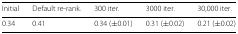
<table><thead><tr><td><b>Initial</b></td><td><b>Default re-rank.</b></td><td><b>300 iter.</b></td><td><b>3000 iter.</b></td><td><b>30,000 iter.</b></td></tr></thead><tbody><tr><td>0.34</td><td>0.41</td><td>0.34 (±0.01)</td><td>0.31 (±0.02)</td><td>0.21 (±0.02)</td></tr></tbody></table>